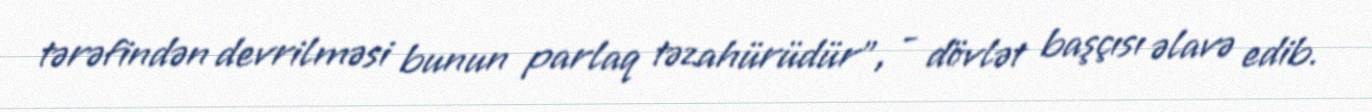
tərəfindən devrilməsi bunun parlaq təzahürüdür”, - dövlət başçısı əlavə edib.